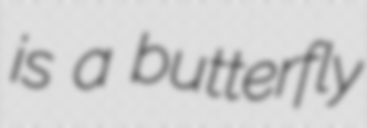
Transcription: is a butterfly